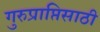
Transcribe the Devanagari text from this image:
गुरुप्राप्तिसाठी